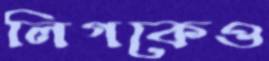
লিগকেও